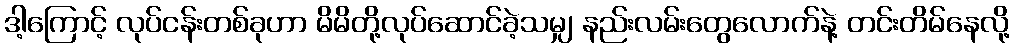
ဒါ့ကြောင့် လုပ်ငန်းတစ်ခုဟာ မိမိတို့လုပ်ဆောင်ခဲ့သမျှ နည်းလမ်းတွေလောက်နဲ့ တင်းတိမ်နေလို့